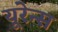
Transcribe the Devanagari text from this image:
यूरेन्स